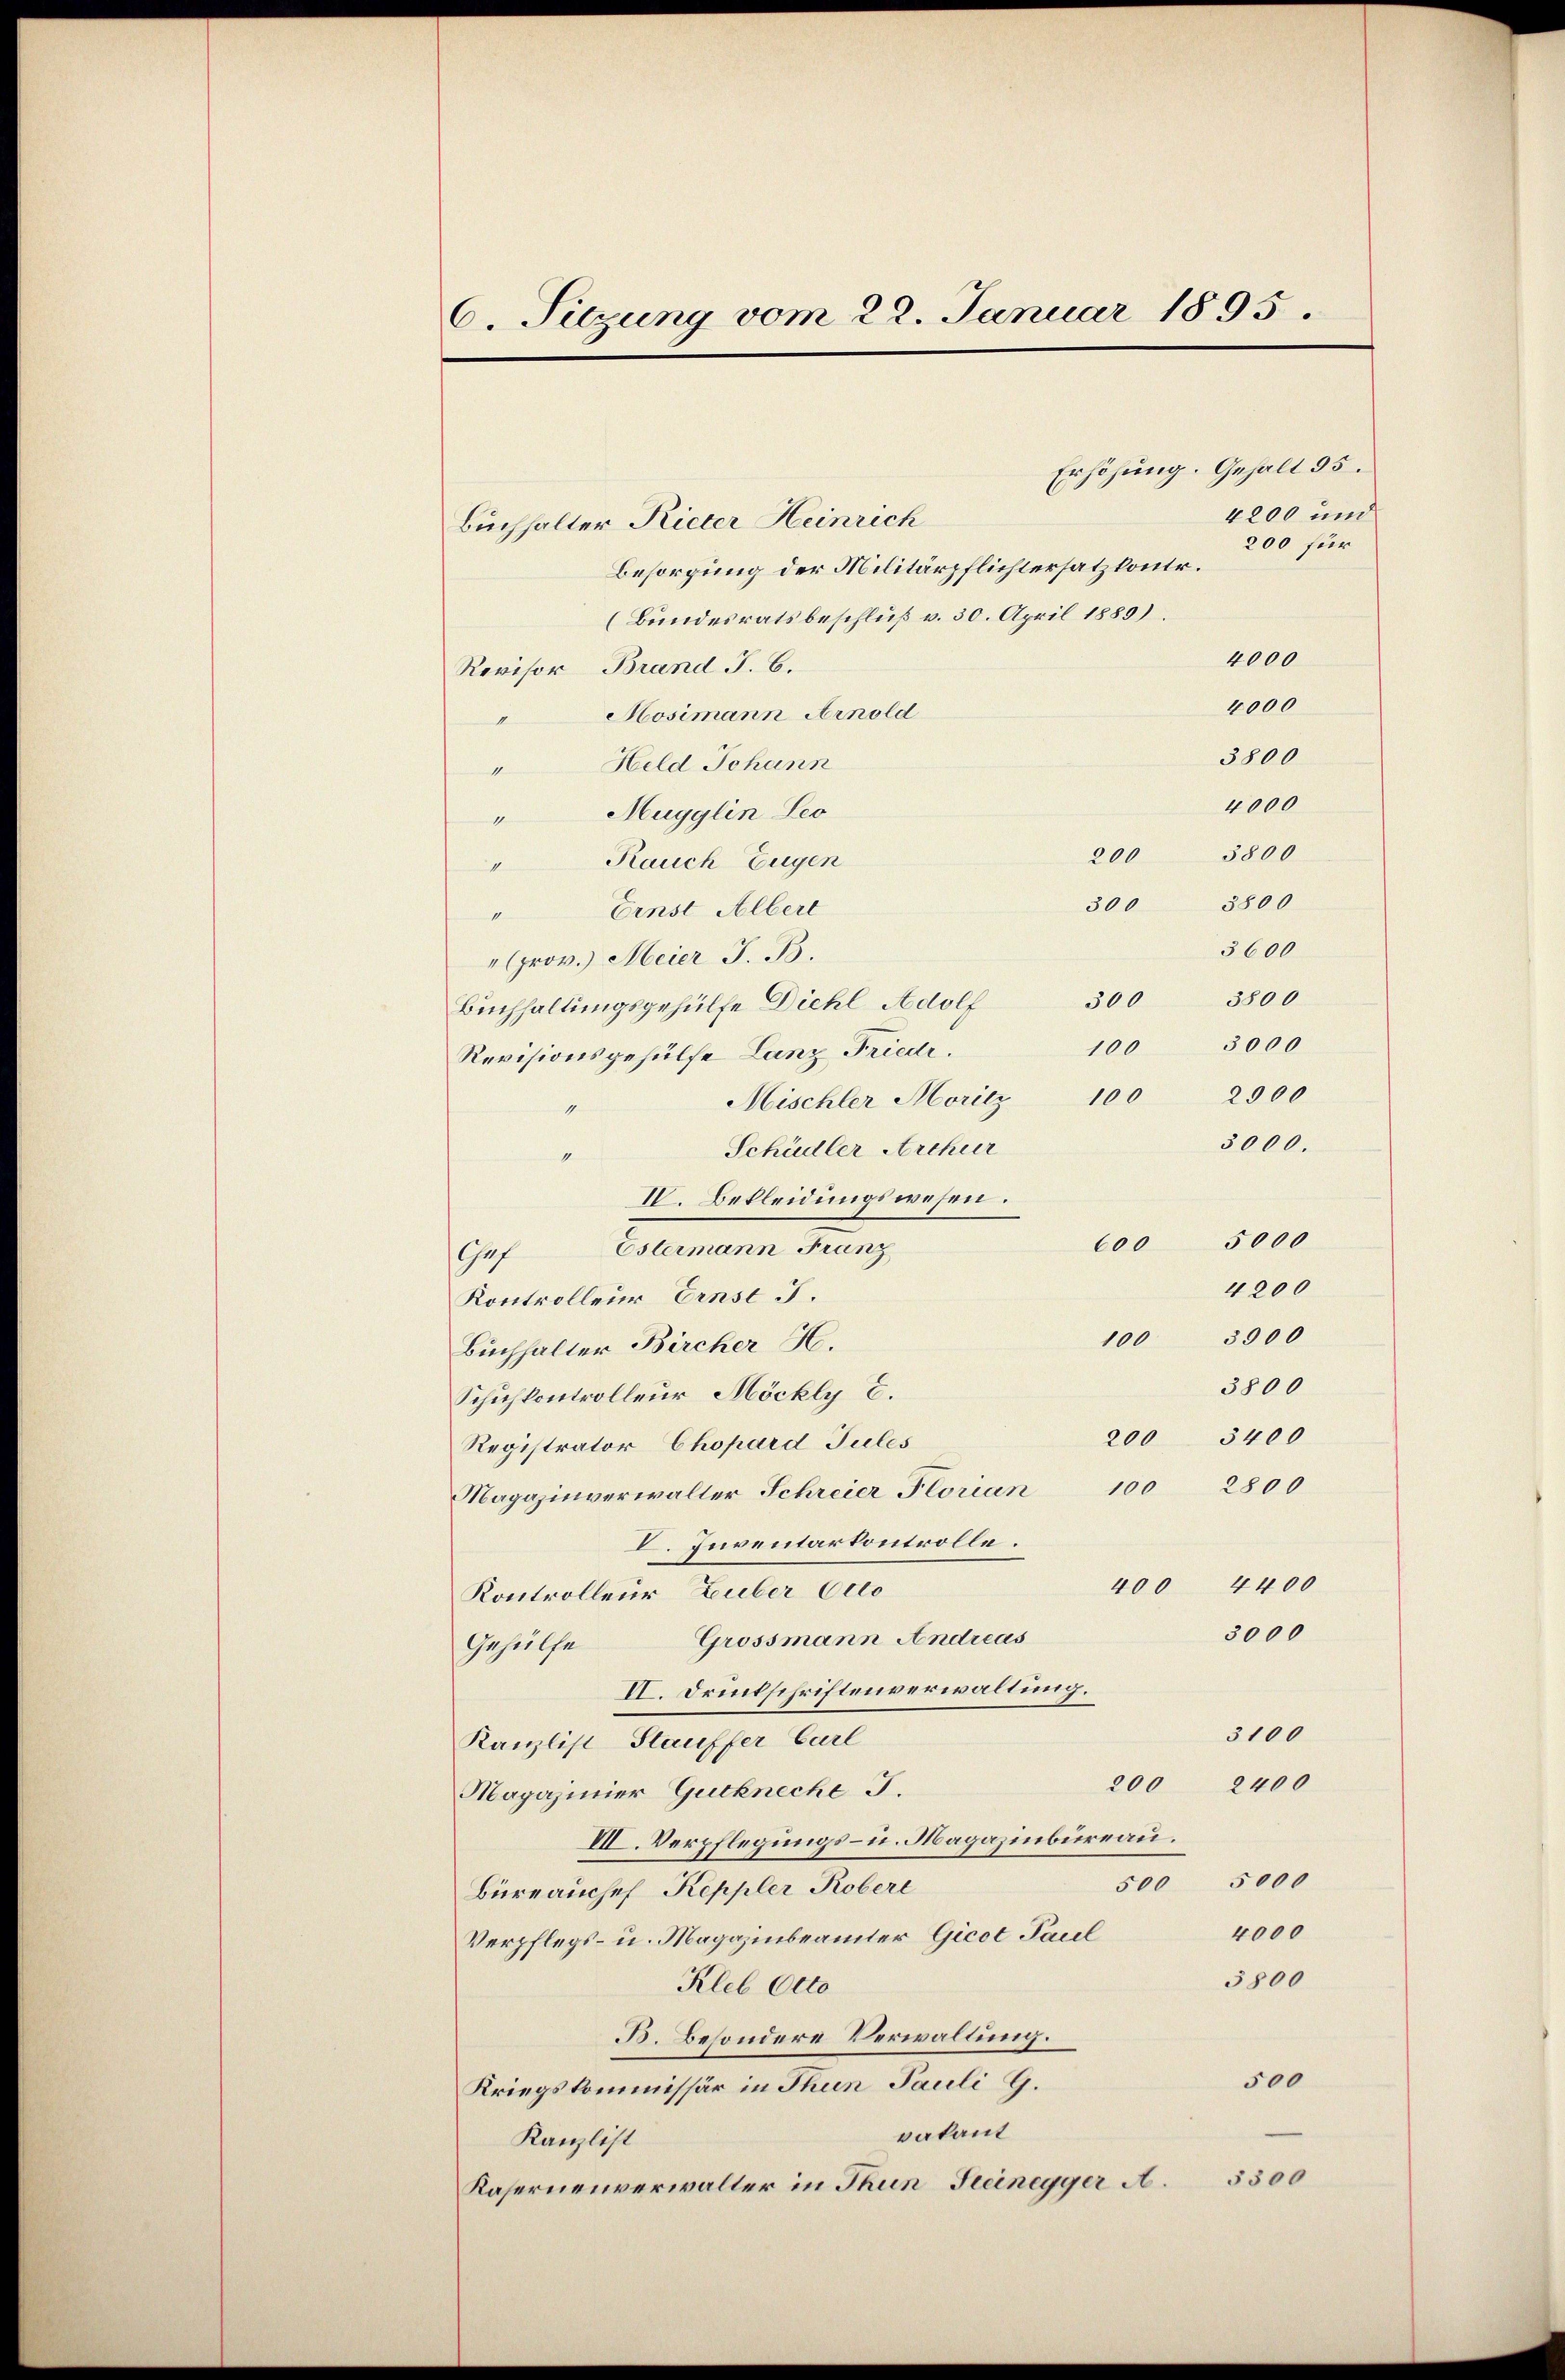
6. Sitzung vom 22. Januar 1895.

Erhöhung. Gehalt 35.
4200 und
Buchhalter Rieter Heinrich
200 für
Besorgung der Militärpflichtersatz kontr.
(Bundesratsbeschluß v. 30. April 1889.
4000
Revisor Brand J. C.
4000
Mosimann Arnold
I
3800
Held Johann
4
4000
"Mugglin Leo
3800
Rauch Eugen
1
300 3800
" Ernst Albert
"prov.) Meier J. B.
3 3800
Buchhaltungsgehülfe Diehl Adolf
Revisionsgehülfe Lanz Friedi
1
3000.
Schädler Archir
1
IV. Bekleidungswesen.
600 5000
Chef Estermann Franz
4200
Kontrolleur Ernst J.
3900
100
Buchhalter Bircher H.
3800
Schuhkontrolleur Möckly c.
200 5400
Registrator Chopard Jules
100 2800
Magazinverwalter Schreier Florian
I. Inventarkontrolle.
4400
400
Kontrolleur Huber Octo
3000
Grossmann Andreas
Gehülfe
II. Druckschriftenverwaltung.
3100
Kanzlist Stauffer Carl
200
2400
Magazinier Guckneche J.
VII. Verpflegungs- u. Magazinbureau.
500 5000
Büreauchef Keppler Robert
4000
Verpflegs- u. Magazinbeamter Gicot Paul
3800
Kleb Otto
B. Besondere Verwaltung.
500
Kriegskommissär in Thun Pauli G.
vakant
Kanzlist
Kasernenverwalter in Thun, Freinegger A. 5300

200
100
Mischler Moritz 100 2900

3600
3000